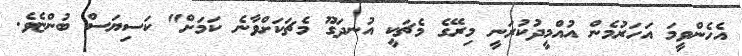
އެހެންވީމަ އަހަރުމެން އުއްމީދުކުރަނީ މިރޭގެ މެޗަކީ އުނދަގޫ މެޗަކަށްވާނެ ކަމަށް" ކަސިޔަސް ބުންޏެވެ.